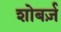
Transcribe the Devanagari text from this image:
शोबर्ज़